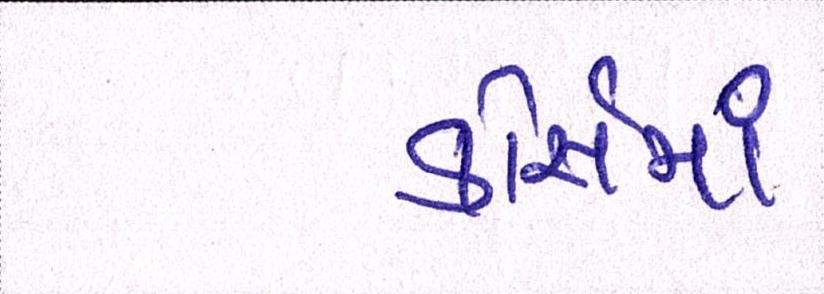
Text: કોસૅમાં